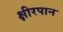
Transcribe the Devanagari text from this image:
क्षीरपान